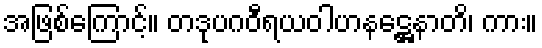
အဖြစ်ကြောင့်။ တဒုပဂဝီရယဝါဟနဋ္ဌေနာတိ၊ ကား။